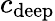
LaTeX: c_{\mathrm{deep}}